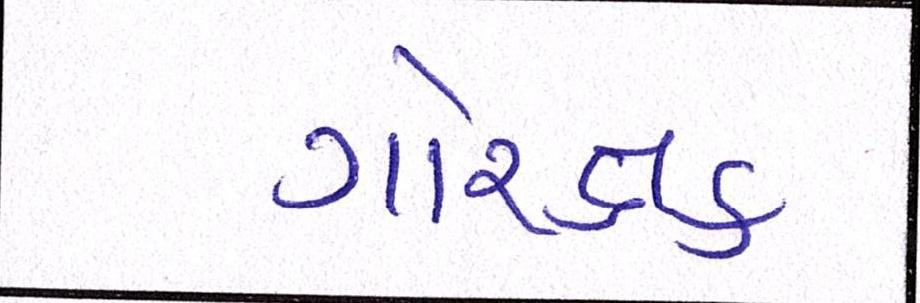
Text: ગૌરક્ષક